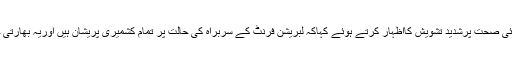
مشترکہ حریت قیادت نے سرینگر میں ایک بیان میں محمد یاسین ملک کی بگڑتی ہوئی صحت پرشدید تشویش کااظہار کرتے ہوئے کہاکہ لبریشن فرنٹ کے سربراہ کی حالت پر تمام کشمیری پریشان ہیں اوریہ بھارتی حکومت کی ذمہ داری ہے کہ وہ ان کا علاج معالجے، صحت اور تحفظ یقینی بنائے۔